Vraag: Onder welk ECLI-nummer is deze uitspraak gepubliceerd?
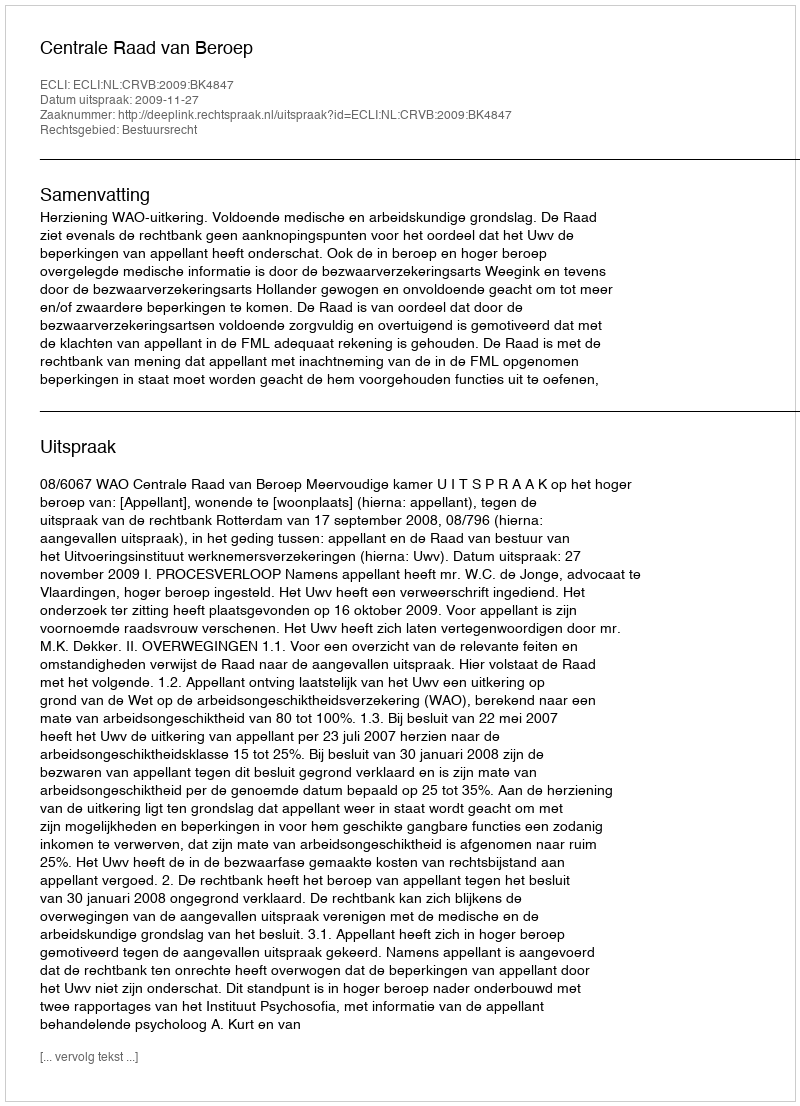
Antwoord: ECLI:NL:CRVB:2009:BK4847